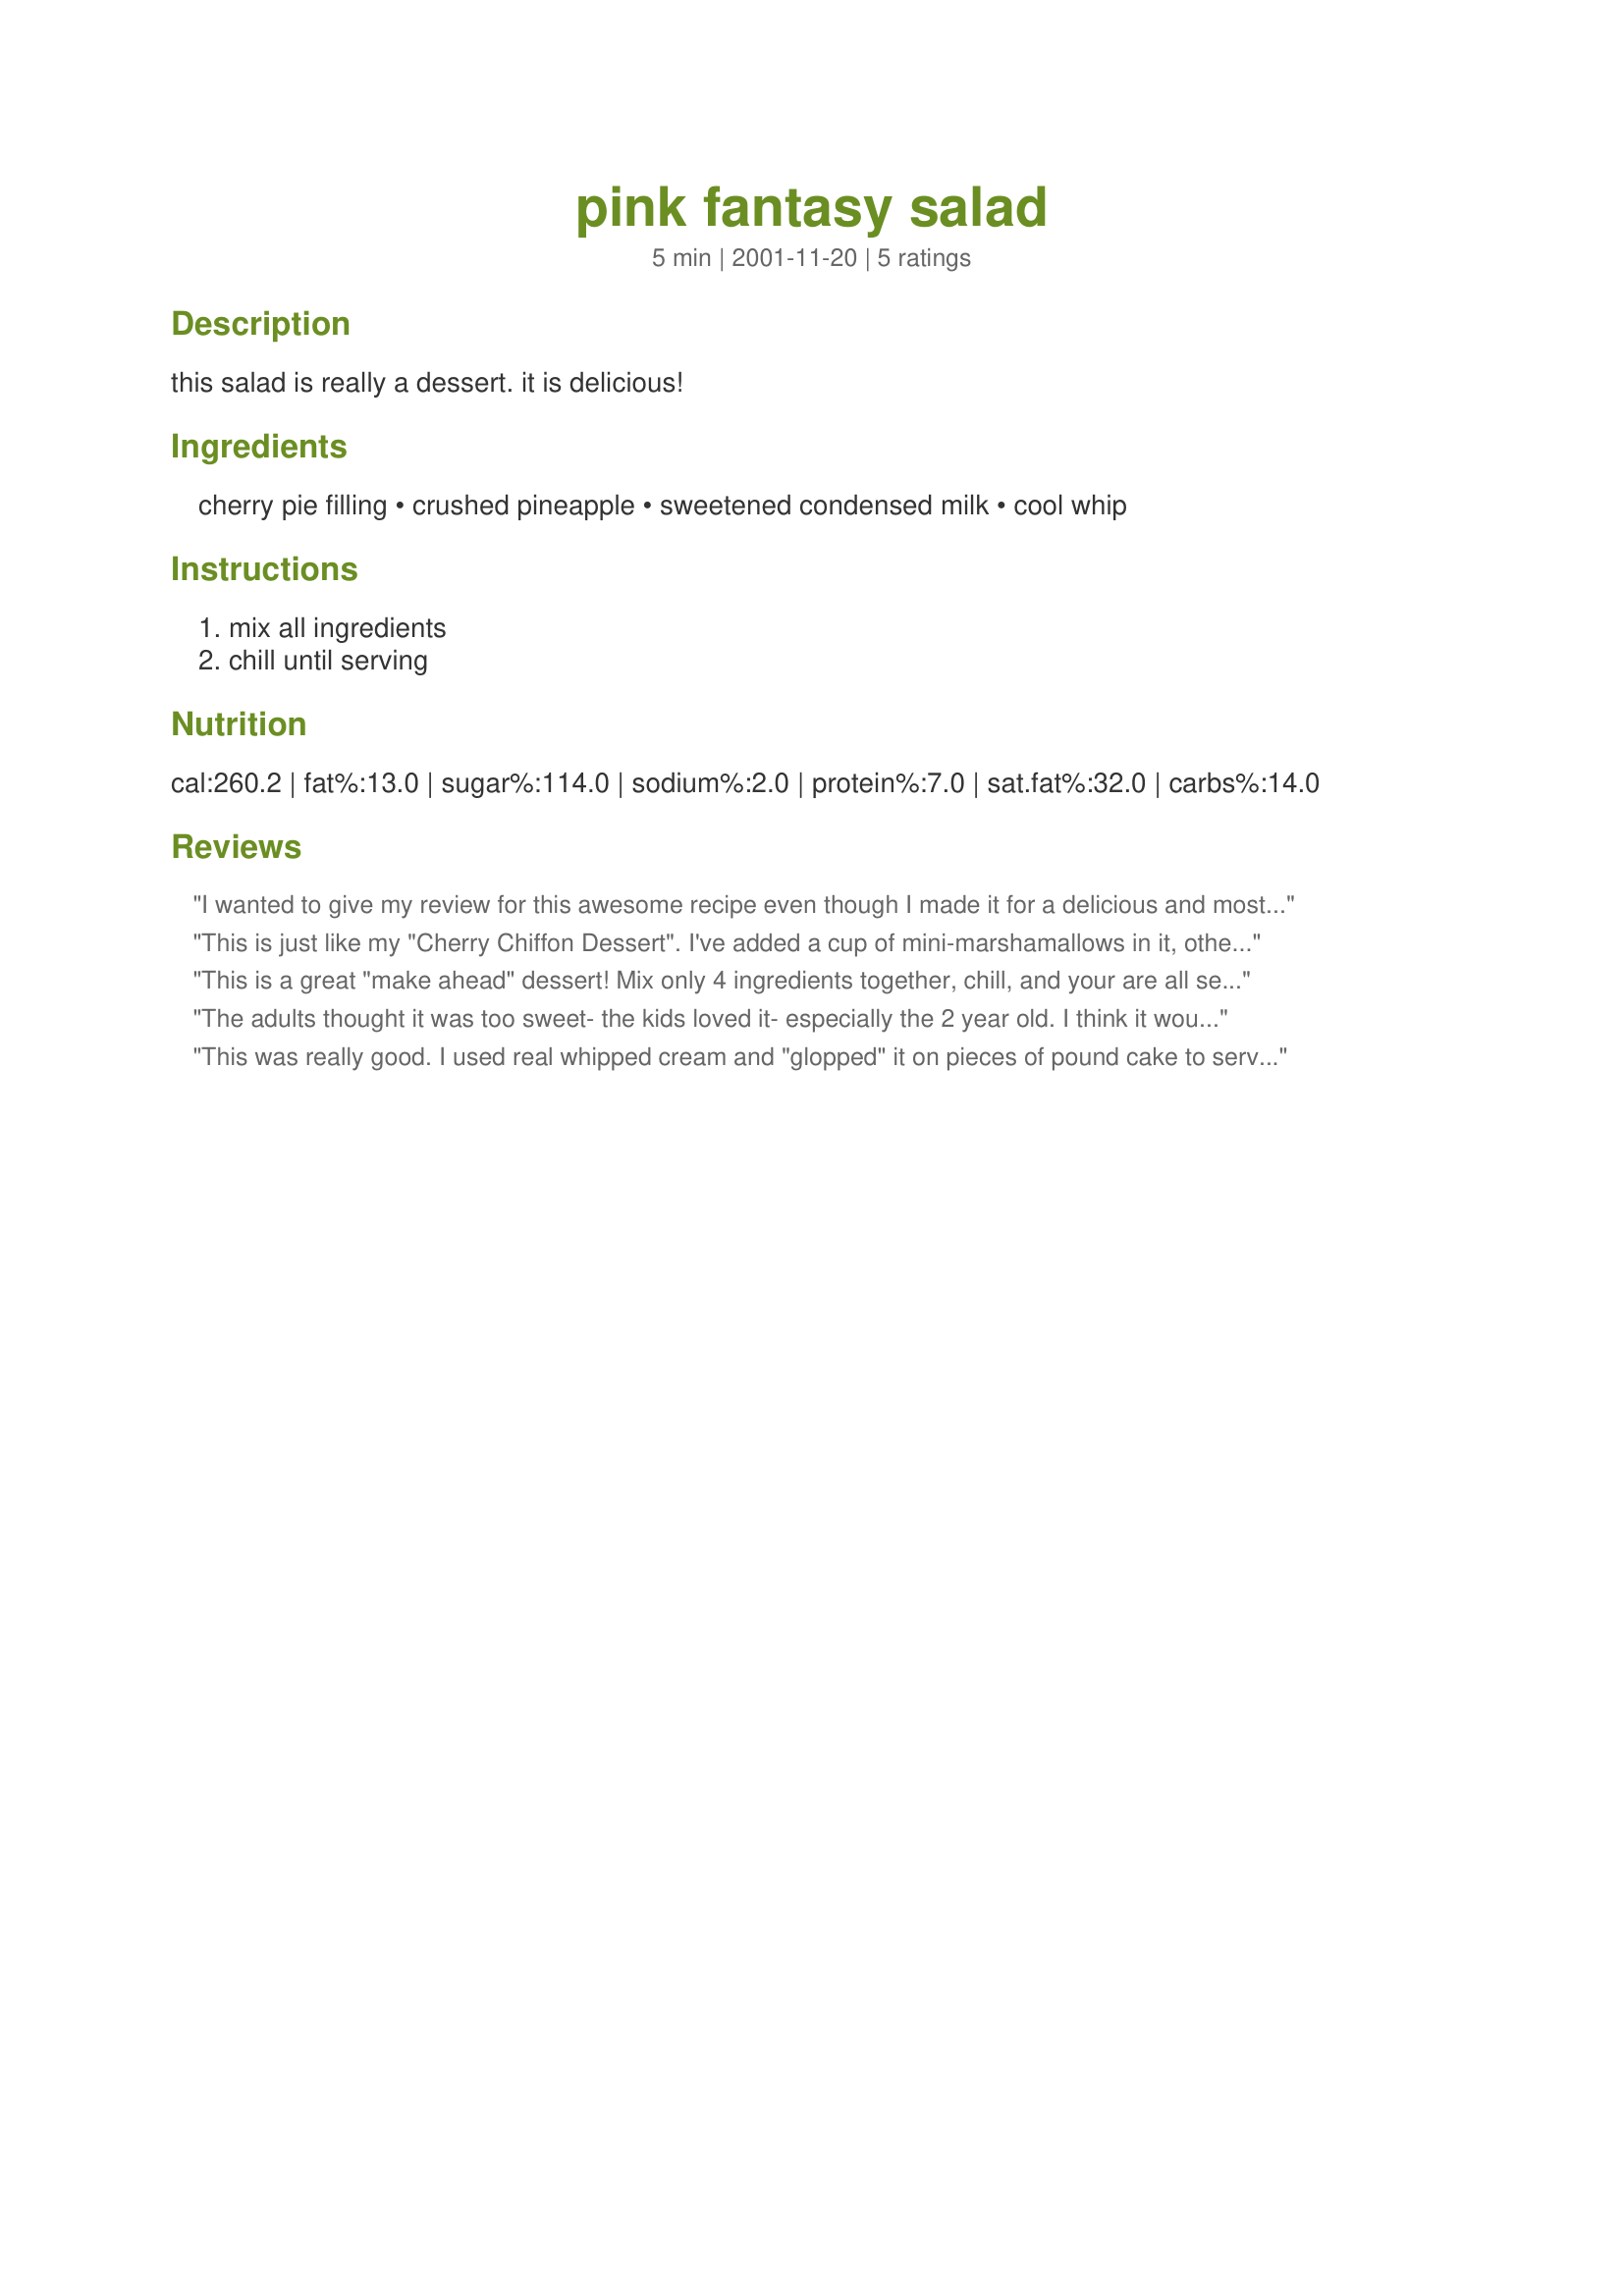
pink fantasy salad
Preparation time: 5 minutes

this salad is really a dessert. it is delicious!

Ingredients:
cherry pie filling, crushed pineapple, sweetened condensed milk, cool whip

Steps:
mix all ingredients, chill until serving

Reviews:
I wanted to give my review for this awesome recipe even though I made it for a delicious and most outstanding pie. 
 This is great to put in a graham cracker crust and freeze. I shared the pie with all my friends this weekend at the lake and everyone just LOVED it! It is very delicious in the graham cracker crust. Thanks so much for sharing this simple but yet most excellent recipe!!
This is just like my "Cherry Chiffon Dessert".
I've added a cup of mini-marshamallows in it, otherwise its the same. This is really a dream thing to have. Guess we share the same tastebuds:)
This is a great "make ahead" dessert! Mix only 4 ingredients together, chill, and your are all set. Everyone loved it. I sprinkled some chopped walnuts on top because I had them on hand, but this dish certainly does not need it. Thanks for sharing, RecipeNut!! :-)
The adults thought it was too sweet- the kids loved it- especially the 2 year old. I think it would also be good to add some small curd cottage cheese and some chopped pecans. My husband likes frozen things- so I am going to put a glob of it in the freezer and see what happens.
This was really good. I used real whipped cream and "glopped" it on pieces of pound cake to serve. It was a big hit with the kids. A few of the adults thought it was too sweet, but I thought it was divine!
